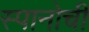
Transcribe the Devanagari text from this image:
स्पानोची